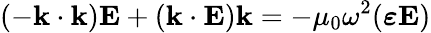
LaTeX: (-\mathbf{k}\cdot\mathbf{k})\mathbf{E}+(\mathbf{k}\cdot\mathbf{E})\mathbf{k}=-\mu_{0}\omega^{2}({\boldsymbol{\varepsilon}}\mathbf{E})